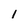
Character: 1